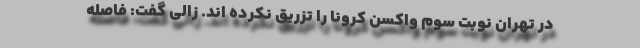
در تهران نوبت سوم واکسن کرونا را تزریق نکرده اند. زالی گفت: فاصله